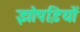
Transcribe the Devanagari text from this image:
झोपडि़यों